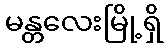
မန္တလေးမြို့ရှိ